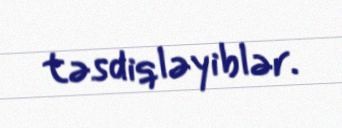
təsdiqləyiblər.